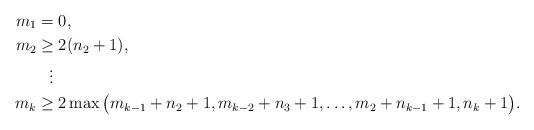
LaTeX: \begin{align*}m_1 = &\; 0,\\m_2\ge & \;2(n_2+1), \\ \vdots & \;\\m_k\ge & \; 2\max \big(m_{k-1}+n_2+1, m_{k-2}+n_3+1, \ldots, m_2+n_{k-1}+1, n_k+1\big).\end{align*}